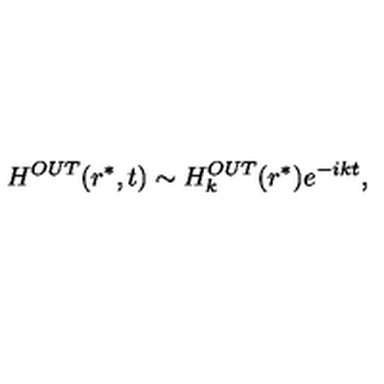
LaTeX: H ^ { O U T } ( r ^ { * } , t ) \sim H _ { k } ^ { O U T } ( r ^ { * } ) e ^ { - i k t } ,